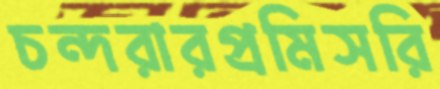
চন্দরারপ্রমিসরি